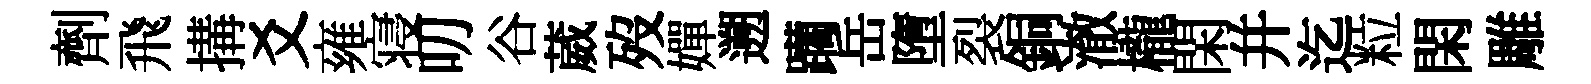
劑飛搆爻雍寝叨谷葳歿嬋遡躪岳墮裂銅澈櫳閑并迄粒閑雕